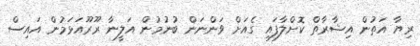
ރިޔާ އަތުން އިޝާރާތް ކޮށްލާފައި ގެއަށް ވަންނަން ބުނުމުން އަލީނާ ރޫރޫއަޅަމުން އައިސް